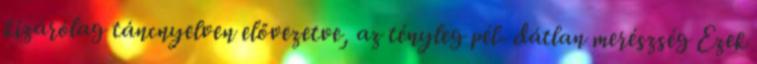
kizárólag táncnyelven elővezetve, az tényleg pél- dátlan merészség Ezek